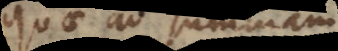
quantum ad summam